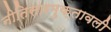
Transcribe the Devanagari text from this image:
नीतिसारमुक्तावली